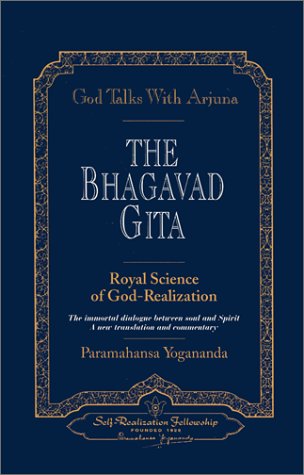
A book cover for God Talks with Arjuna: The Bhagavad Gita (Self-Realization Fellowship) 2 Volume Set; Paramahansa Yogananda; Religion & Spirituality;